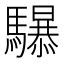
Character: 𱄷